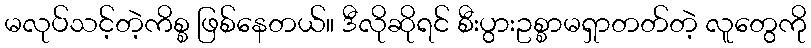
မလုပ်သင့်တဲ့ကိစ္စ ဖြစ်နေတယ်။ ဒီလိုဆိုရင် စီးပွားဥစ္စာမရှာတတ်တဲ့ လူတွေကို